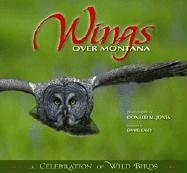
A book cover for Wings over Montana: A Celebration of Wild Birds; Donald M. Jones; Travel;